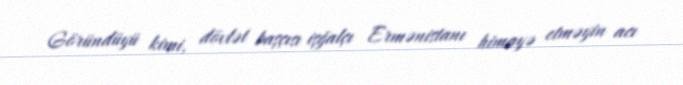
Göründüyü kimi, dövlət başçısı işğalçı Ermənistanı himayə etməyin acı